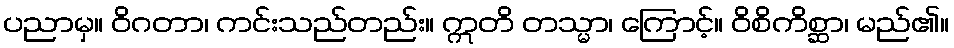
ပညာမှ။ ဝိဂတာ၊ ကင်းသည်တည်း။ ဣတိ တသ္မာ၊ ကြောင့်။ ဝိစိကိစ္ဆာ၊ မည်၏။